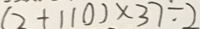
( 2 + 1 1 0 ) \times 3 7 \div 2